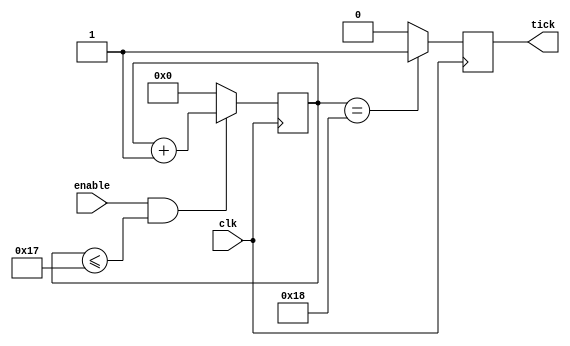
module baud_tick_gen_tx(
    input clk, enable,
    output reg tick);

reg [4:0] cnt = 1'b0;

always @(posedge clk)
    if (enable && cnt <= 5'd23)
        cnt <= cnt + 1'b1;
    else
        cnt <= 3'b0;

always@(posedge clk)
    if(cnt==5'd24)
        tick <= 1'b1;
    else
        tick <= 1'b0;

endmodule